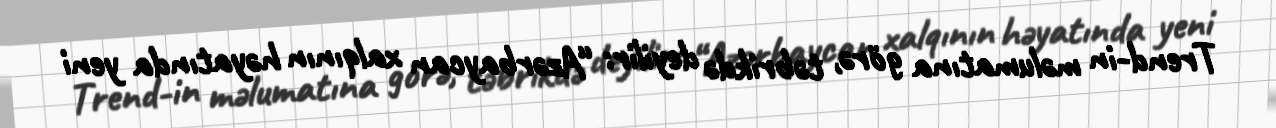
Trend-in məlumatına görə, təbrikdə deyilir: “Azərbaycan xalqının həyatında yeni